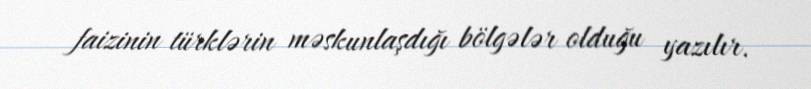
faizinin türklərin məskunlaşdığı bölgələr olduğu yazılır.